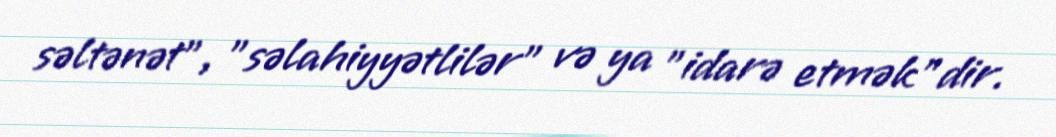
səltənət", "səlahiyyətlilər" və ya "idarə etmək"dir.